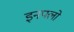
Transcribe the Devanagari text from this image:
इनफ्लो